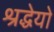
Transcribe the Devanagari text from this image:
श्रद्धेयो